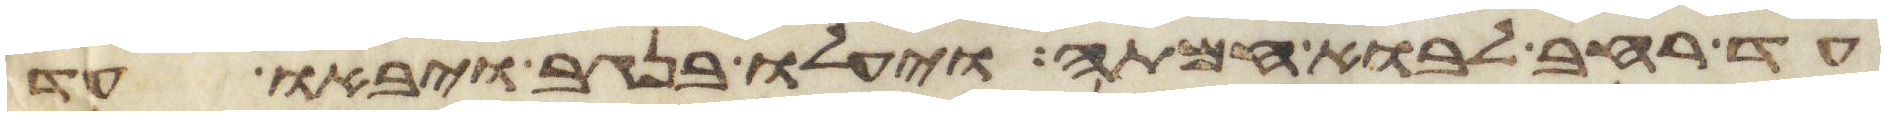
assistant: עד רחב לבוא חמתה ויעלו בנגב ויבאו עד